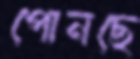
পোনছে